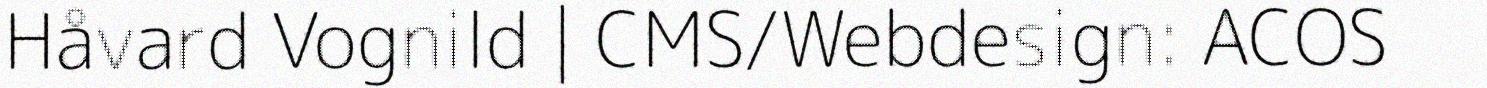
Håvard Vognild | CMS/Webdesign: ACOS